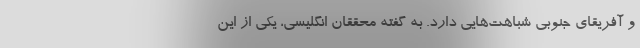
و آفریقای جنوبی شباهت‌هایی دارد. به گفته محققان انگلیسی، یکی از این